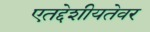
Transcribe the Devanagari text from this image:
एतद्देशीयतेवर